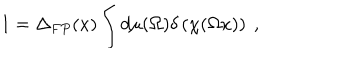
1 = \Delta _ { F P } ( x ) \int d \mu ( \Omega ) \delta \left( \chi ( \Omega x ) \right) \ ,